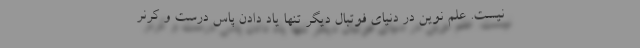
نیست. علم نوین در دنیای فوتبال دیگر تنها یاد دادن پاس درست و کرنر